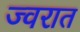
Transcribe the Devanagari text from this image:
ज्वरात